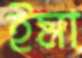
ইমা